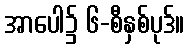
အာပေါ၌ ၆-စီနှစ်ပုဒ်။